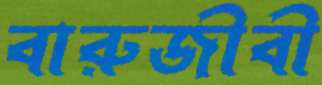
বারুজীবী